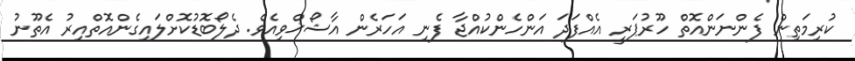
ކުރިމަތިން ފެންނަންއޮތް ހޫރުޕަރީ އެއްފަދަ އަންހެންކުއްޖާާ ފެނި އަހަރެން އާާޝޯޚްވިއެވެ. ދެލޯބޮޑުކޮށްލައިގެންއޮތްއިރު އެތޫނު